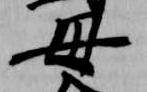
母